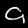
Label: 9